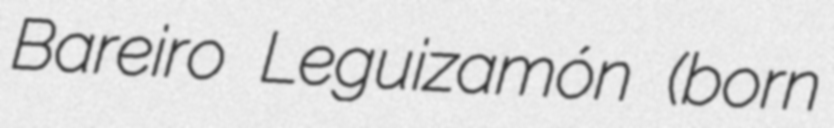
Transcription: Bareiro Leguizamón (born